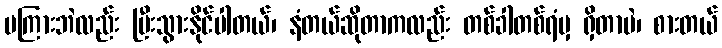
မကြားဘဲလည်း ပြီးသွားနိုင်ပါတယ်၊ နံတယ်ဆိုတာကလည်း တစ်ခါတစ်ရံမှ ရှိတာပဲ၊ စားတယ်